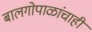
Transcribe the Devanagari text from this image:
बालगोपाळांचाही